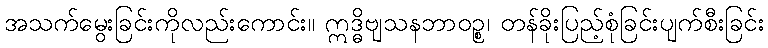
အသက်မွေးခြင်းကိုလည်းကောင်း။ ဣဒ္ဓိဗျသနဘာဝဉ္စ၊ တန်ခိုးပြည့်စုံခြင်းပျက်စီးခြင်း